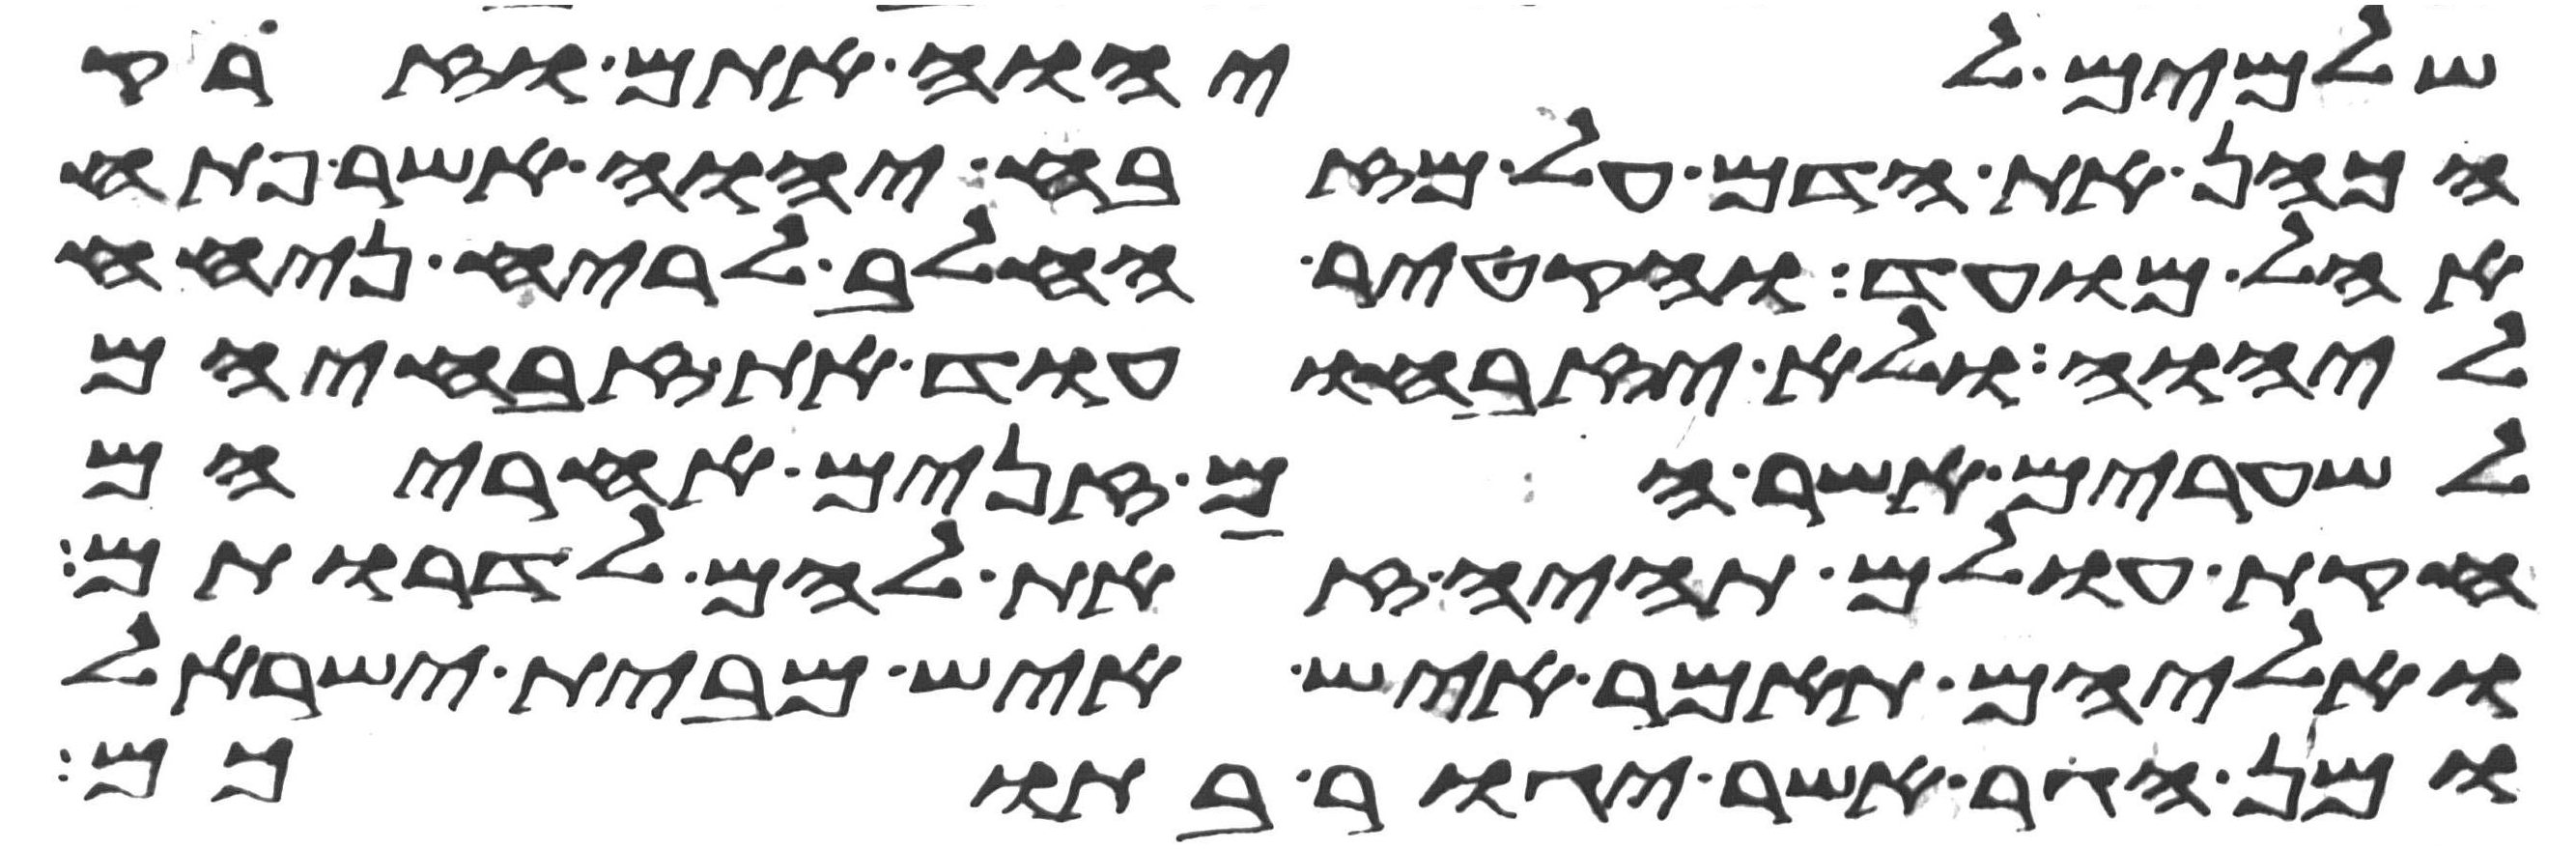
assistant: שלמים ליהוה אתם וזרק
הכהן את הדם על מזבח יהוה אשר פתח
אהל מועד והקטיר החלב לריח ניחח
ליהוה ולא יזבחו עוד את זבחיהם
לשערים אשר הם זנים אחריהם
חקות עולם תהיה זאת להם לדרותם
ואליהם תאמר איש איש מבית ישראל
ומן הגר אשר יגור בתוכם